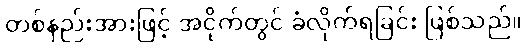
တစ်နည်းအားဖြင့် အငိုက်တွင် ခံလိုက်ရခြင်း ဖြစ်သည်။